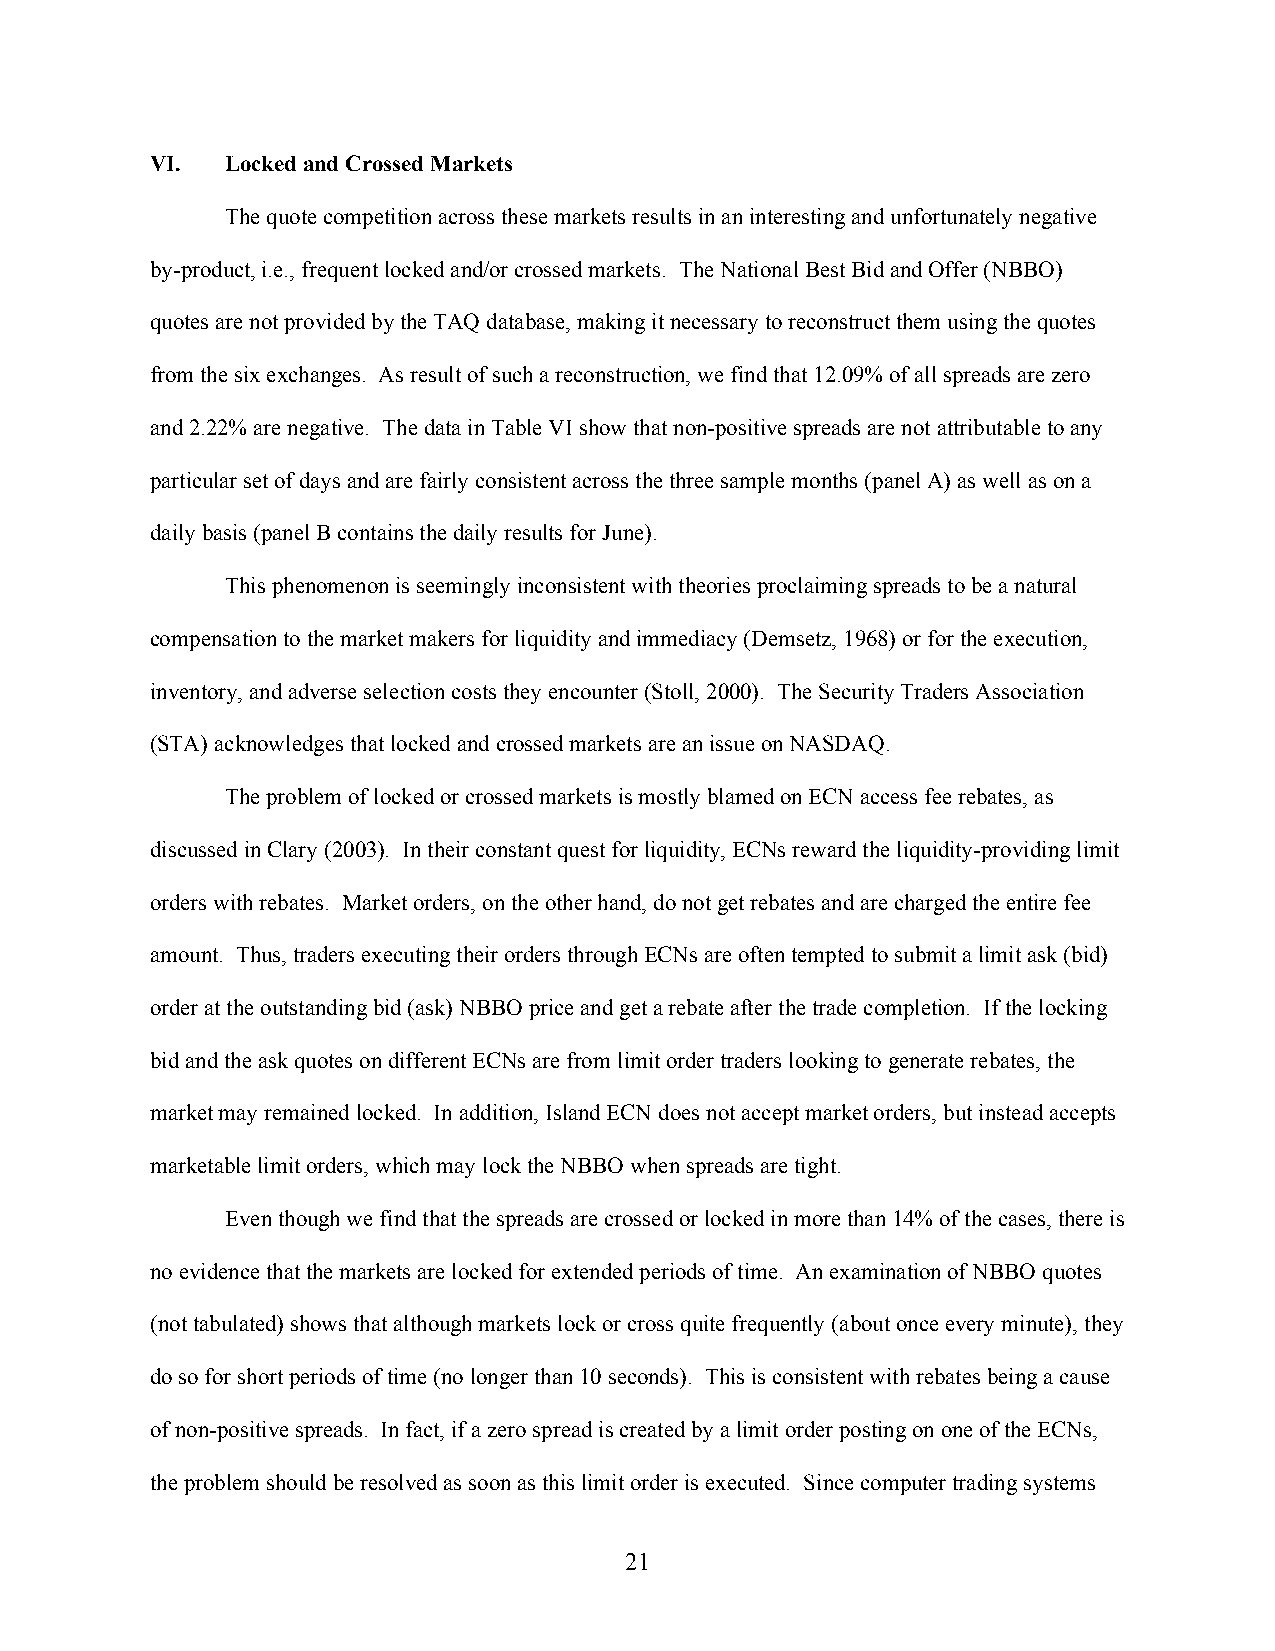
VI.  Locked and Crossed Markets
 The quote competition across these markets results in an interesting and unfortunately negative
 by-product, i.e., frequent locked and/or crossed markets. The National Best Bid and Offer (NBBO)
 quotes are not provided by the TAQ database, making it necessary to reconstruct them using the quotes
 from the six exchanges. As result of such a reconstruction, we find that 12.09% of all spreads are zero
 and 2.22% are negative. The data in Table VI show that non-positive spreads are not attributable to any
 particular set of days and are fairly consistent across the three sample months (panel A) as well as on a
 daily basis (panel B contains the daily results for June).
 This phenomenon is seemingly inconsistent with theories proclaiming spreads to be a natural
 compensation to the market makers for liquidity and immediacy (Demsetz, 1968) or for the execution,
 inventory, and adverse selection costs they encounter (Stoll, 2000). The Security Traders Association
 (STA) acknowledges that locked and crossed markets are an issue on NASDAQ.
 The problem of locked or crossed markets is mostly blamed on ECN access fee rebates, as
 discussed in Clary (2003). In their constant quest for liquidity, ECNs reward the liquidity-providing limit
 orders with rebates. Market orders, on the other hand, do not get rebates and are charged the entire fee
 amount. Thus, traders executing their orders through ECNs are often tempted to submit a limit ask (bid)
 order at the outstanding bid (ask) NBBO price and get a rebate after the trade completion. If the locking
 bid and the ask quotes on different ECNs are from limit order traders looking to generate rebates, the
 market may remained locked. In addition, Island ECN does not accept market orders, but instead accepts
 marketable limit orders, which may lock the NBBO when spreads are tight.
 Even though we find that the spreads are crossed or locked in more than 14% of the cases, there is
 no evidence that the markets are locked for extended periods of time. An examination of NBBO quotes
 (not tabulated) shows that although markets lock or cross quite frequently (about once every minute), they
 do so for short periods of time (no longer than 10 seconds). This is consistent with rebates being a cause
 of non-positive spreads. In fact, if a zero spread is created by a limit order posting on one of the ECNs,
 the problem should be resolved as soon as this limit order is executed. Since computer trading systems
 21